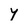
Character: Y